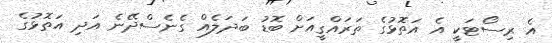
އެ ރިސޯޓަކީ އެ އަތޮޅުގެ ތަަރައްގީއަށް ބޮޑު ބަދަލެއް ގެނެސްދޭނެ އަދި އަތޮޅުގެ